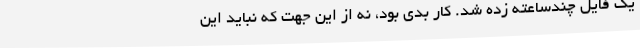
یک فایل چندساعته زده شد. کار بدی بود، نه از این جهت که نباید این